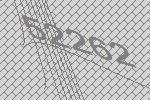
52262